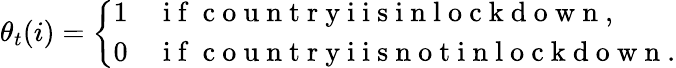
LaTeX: \theta_{t}(i)=\left\{ \begin{array}{ll}{1}&{\mathrm{~i~f~}\mathrm{~c~o~u~n~t~r~y~i~i~s~i~n~l~o~c~k~d~o~w~n~},}\\ {0}&{\mathrm{~i~f~}\mathrm{~c~o~u~n~t~r~y~i~i~s~n~o~t~i~n~l~o~c~k~d~o~w~n~}.}\end{array}\right.